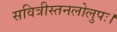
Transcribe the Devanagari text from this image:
सवित्रीस्तनलोलुपः।